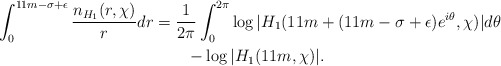
\begin{align*}\int_0^{11m-\sigma+\epsilon} \frac{n_{H_1}(r,\chi)}{r} dr &=\frac{1}{2\pi} \int_0^{2\pi} \log{ |H_1( 11m + (11m-\sigma+\epsilon)e^{i\theta}, \chi )| } d\theta \\&\quad\quad- \log{|H_1(11m, \chi)|}.\end{align*}